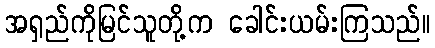
အရှည်ကိုမြင်သူတို့က ခေါင်းယမ်းကြသည်။